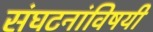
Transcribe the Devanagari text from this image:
संघटनांविषयी